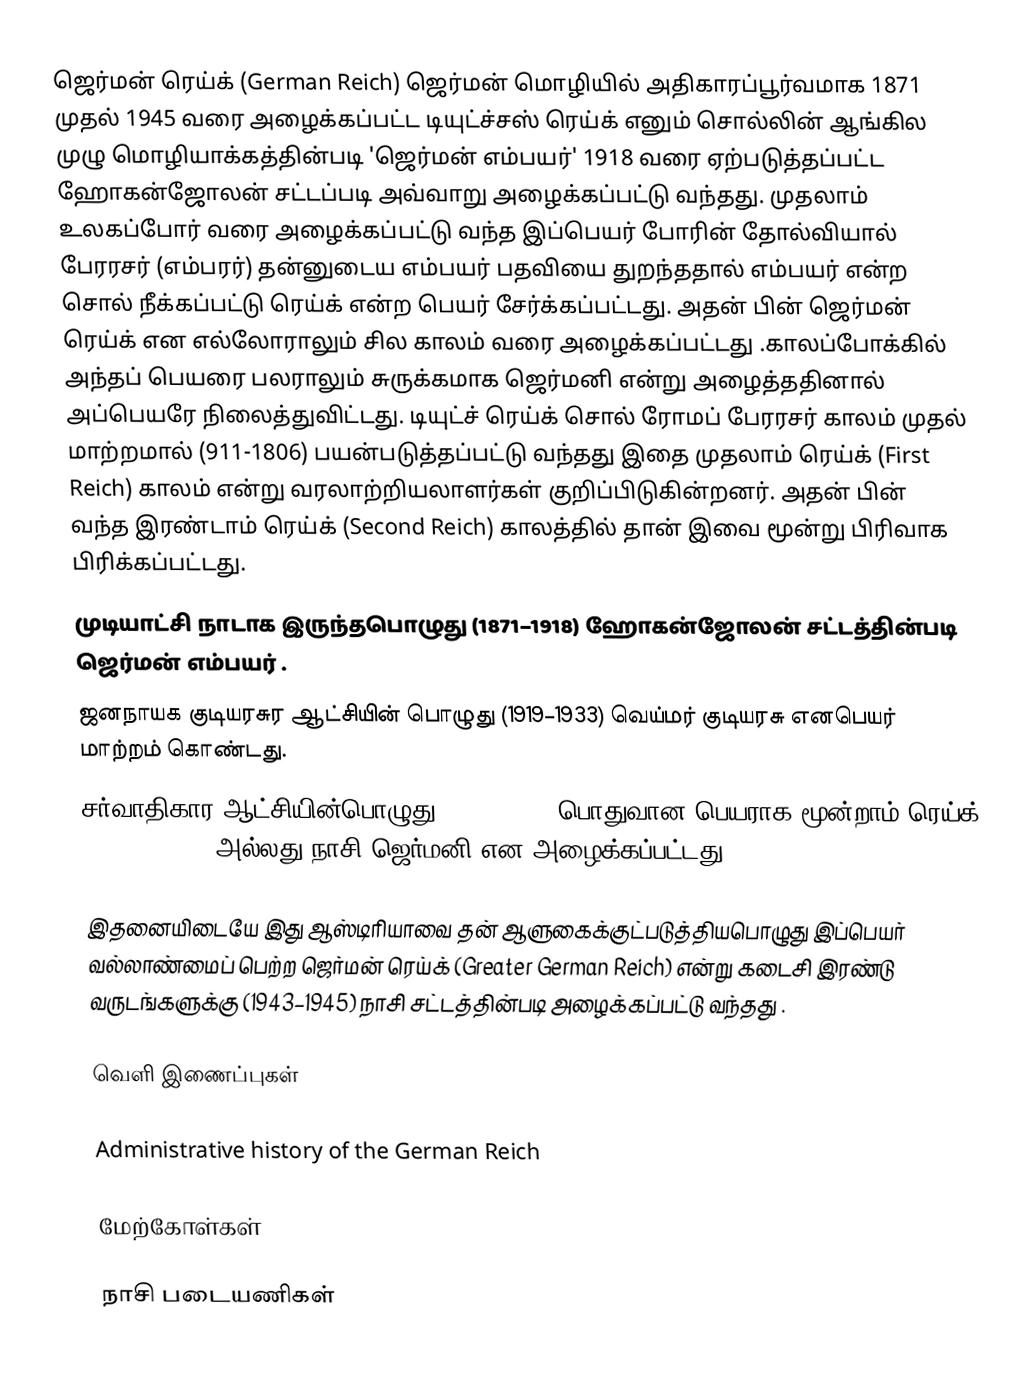
ஜெர்மன் ரெய்க் (German Reich) ஜெர்மன் மொழியில் அதிகாரப்பூர்வமாக 1871 முதல் 1945 வரை அழைக்கப்பட்ட டியுட்ச்சஸ் ரெய்க் எனும் சொல்லின் ஆங்கில முழு மொழியாக்கத்தின்படி 'ஜெர்மன் எம்பயர்' 1918 வரை ஏற்படுத்தப்பட்ட ஹோகன்ஜோலன் சட்டப்படி அவ்வாறு அழைக்கப்பட்டு வந்தது. முதலாம் உலகப்போர் வரை அழைக்கப்பட்டு வந்த இப்பெயர் போரின் தோல்வியால் பேரரசர் (எம்பரர்) தன்னுடைய எம்பயர் பதவியை துறந்ததால் எம்பயர் என்ற சொல் நீக்கப்பட்டு ரெய்க் என்ற பெயர் சேர்க்கப்பட்டது. அதன் பின் ஜெர்மன் ரெய்க் என எல்லோராலும் சில காலம் வரை அழைக்கப்பட்டது .காலப்போக்கில் அந்தப் பெயரை பலராலும் சுருக்கமாக ஜெர்மனி என்று அழைத்ததினால் அப்பெயரே நிலைத்துவிட்டது. டியுட்ச் ரெய்க் சொல் ரோமப் பேரரசர் காலம் முதல் மாற்றமால் (911-1806) பயன்படுத்தப்பட்டு வந்தது இதை முதலாம் ரெய்க் (First Reich) காலம் என்று வரலாற்றியலாளர்கள் குறிப்பிடுகின்றனர். அதன் பின் வந்த இரண்டாம் ரெய்க் (Second Reich) காலத்தில் தான் இவை மூன்று பிரிவாக பிரிக்கப்பட்டது.
 முடியாட்சி நாடாக இருந்தபொழுது (1871–1918) ஹோகன்ஜோலன் சட்டத்தின்படி ஜெர்மன் எம்பயர் .
 ஜனநாயக குடியரசுர ஆட்சியின் பொழுது (1919–1933) வெய்மர் குடியரசு எனபெயர் மாற்றம் கொண்டது.
 சர்வாதிகார ஆட்சியின்பொழுது (1933–1945) பொதுவான பெயராக மூன்றாம் ரெய்க் (Third Reich) அல்லது நாசி ஜெர்மனி என அழைக்கப்பட்டது.

இதனையிடையே இது ஆஸ்டிரியாவை தன் ஆளுகைக்குட்படுத்தியபொழுது இப்பெயர் வல்லாண்மைப் பெற்ற ஜெர்மன் ரெய்க் (Greater German Reich) என்று கடைசி இரண்டு வருடங்களுக்கு (1943–1945) நாசி சட்டத்தின்படி அழைக்கப்பட்டு வந்தது .

வெளி இணைப்புகள்

Administrative history of the German Reich

மேற்கோள்கள்

நாசி படையணிகள்